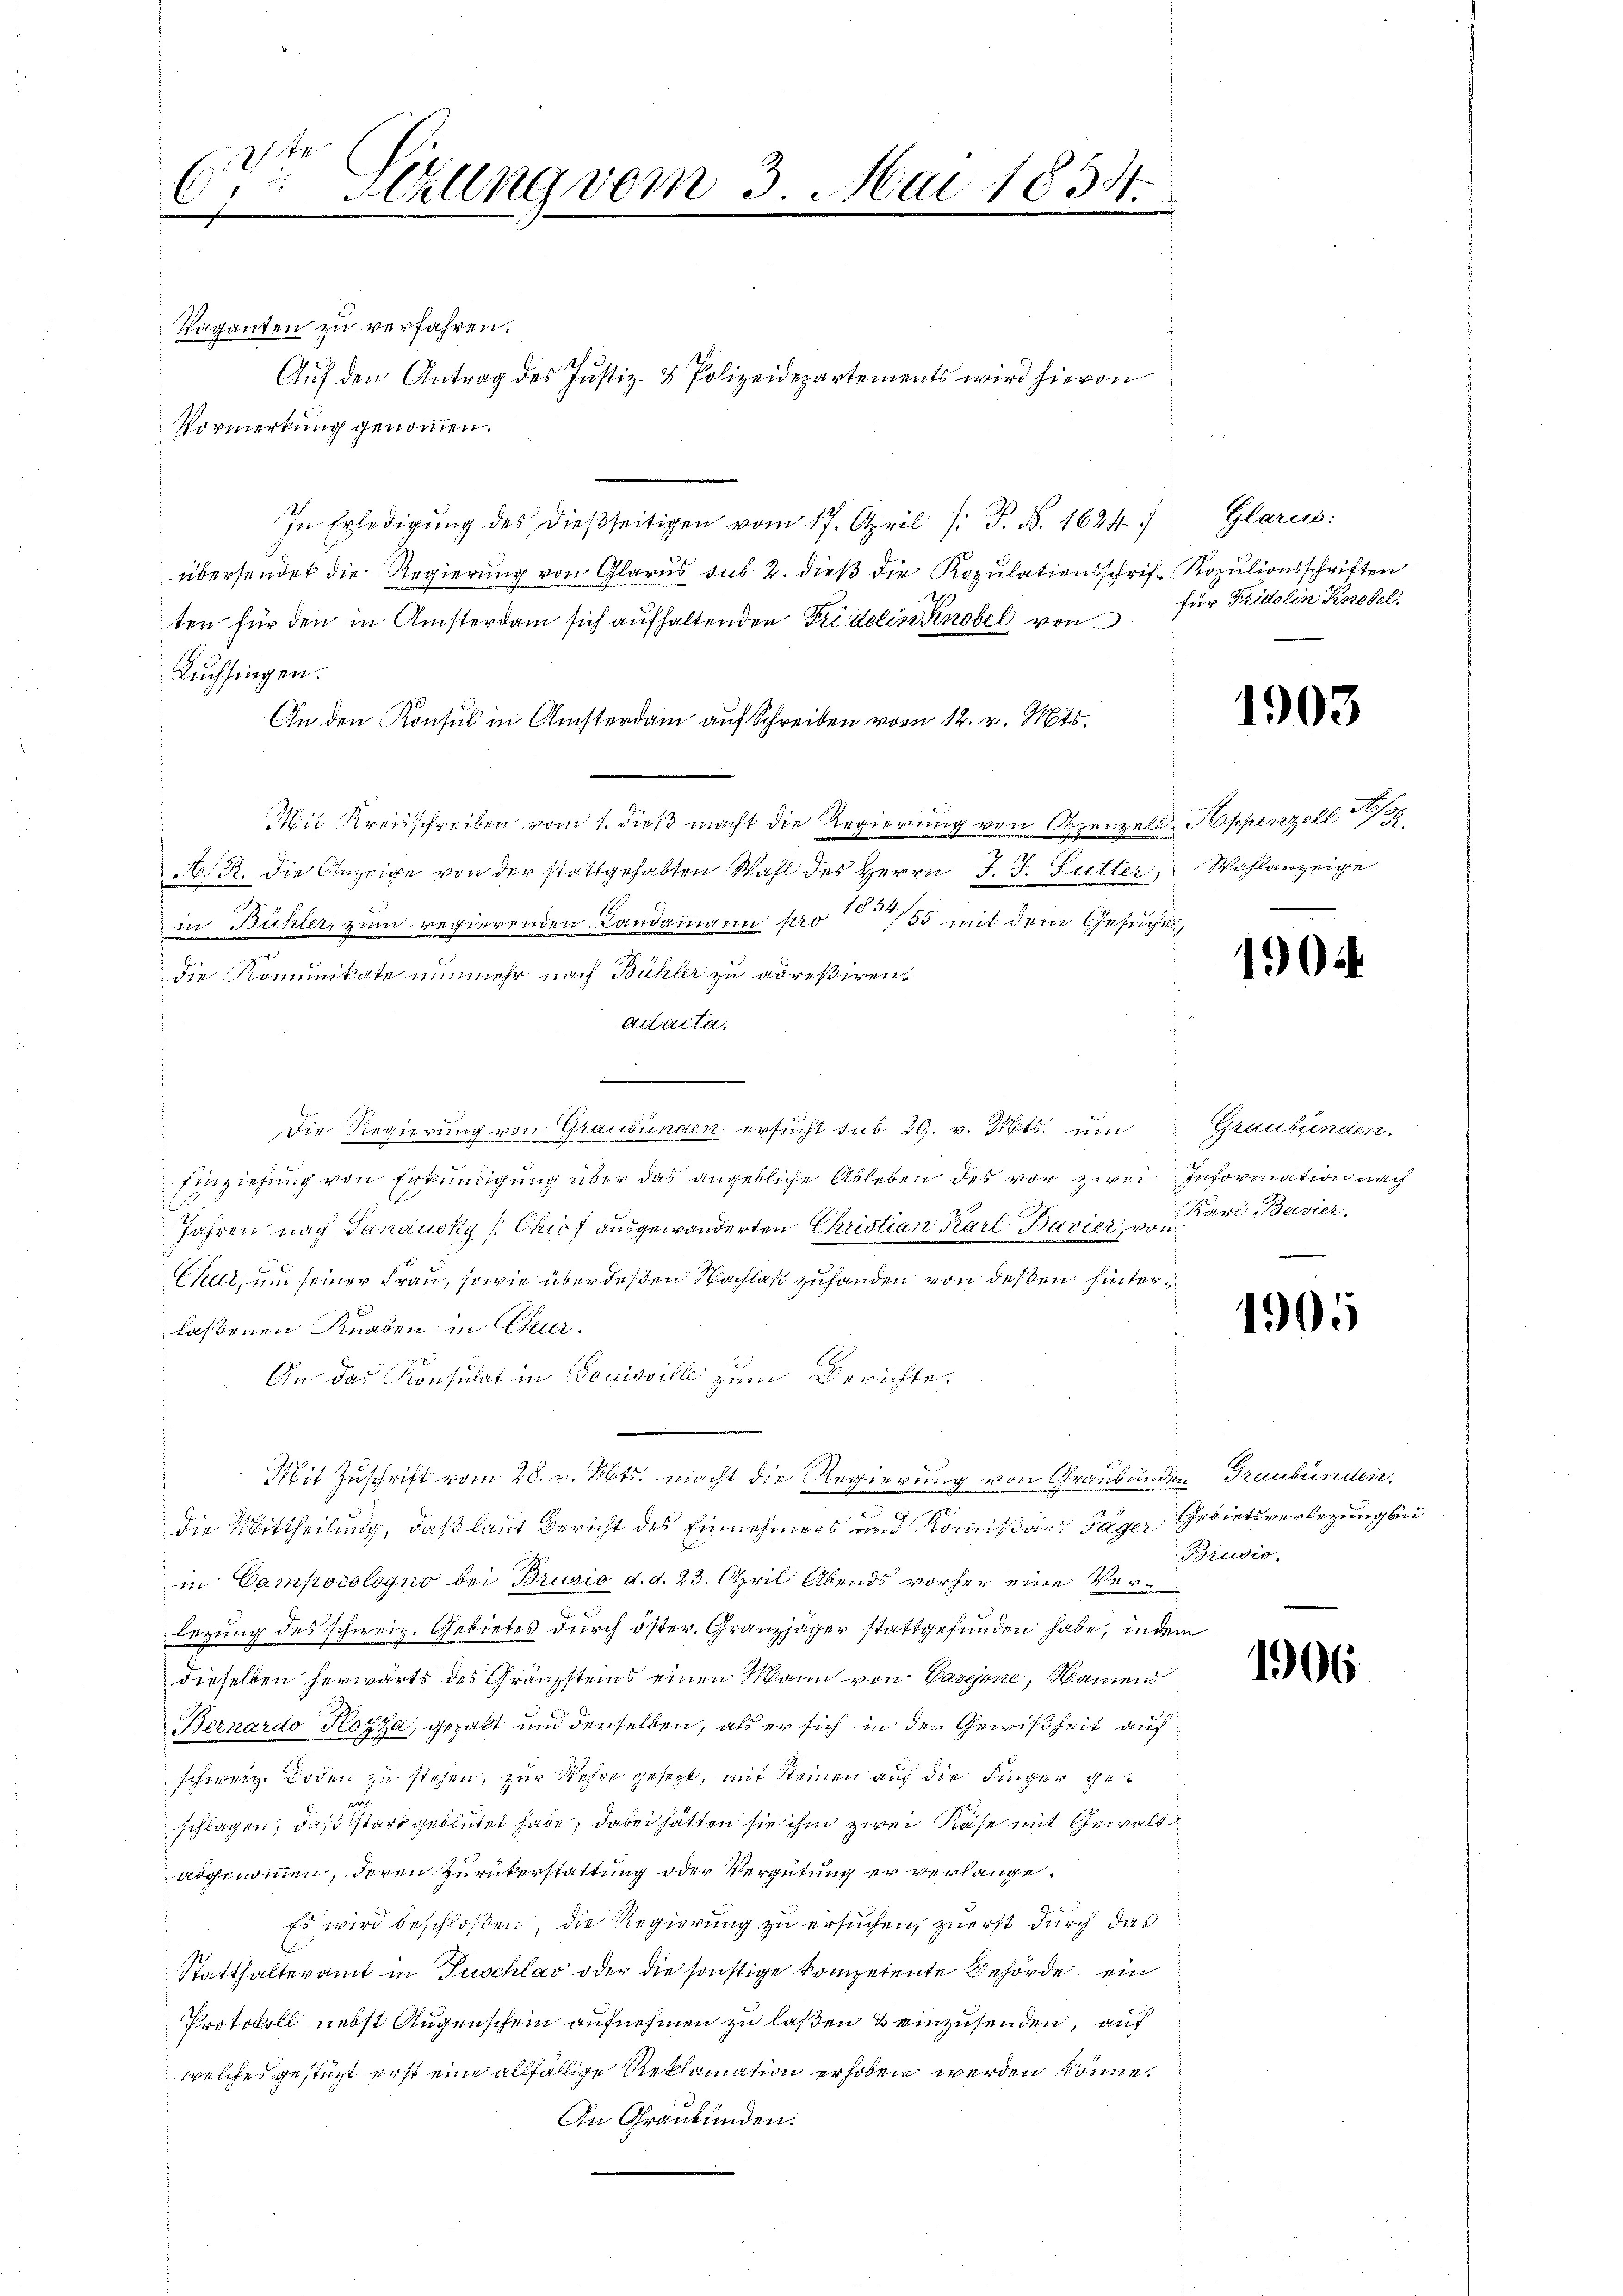
6 Szung vom 3. Mai 1834.
.
n
.

Vaganten zu verfahren.
Auf den Antrag des Justiz- & Polizeidepartements wird hievon
Vormerkung genommen.
In Erledigung des dießseitigen vom 17. April /: P. N. 1624
übersendet die Regierŭng von Glarus sub 2. dieβ die Kopŭlationsschrif- Kozŭlionsschriften
ten für den in Amsterdam sich aufhaltenden Fridoline Knobel von für Fridolin Knobel,
Kuchsingen.
An den Konsul in Ansterdam auf Schreiben vom 12. v. Mts.
Mit Kreisschreiben vom 1. dieß macht die Regierung von Oppenzell Appenzell
A. R. die Anzeige von der stattgehabten Wahl des Herrn J. J. Futter,
in Bühler, zum regierenden Landammann pro 155 mit dem Gesuches,
die Komunikate nunmehr nach Bühler zu adreßiren,
Adacta.
-
Die Regierung von Graubünden ersucht sub 20. v. Mts. um
Einziehung von Erkundigung über das angebliche Ableben des vor zwei Information nach
Jahren nach Landusky [Chio, ausgewanderten Christian Karl Bavier, von
Chur, und seiner Frau, sowie überdeßen Nachlaß zufanden von dessen hinterlaßenen Knaben in Chur.
On das Konsulat in Louisville zum Berichte,
Mit Zuschrift vom 28. v. Mts. macht die Regierung von Graubünden Graubünden,
die Mittheilung, daß laut Bericht des Einnehmers und Kommißärs Jäger Gebietsverlegung bei
in Camporologno bei Brusio d. d. 23. April Abends vorher eine Verlezung des schweiz. Gebietes durch öster. Granzjäger stattgefunden habe, in dem
dieselben herwärts des Gränzsteins einen Mann von Pastone, Namen
Bernardo Kozza, gezakt und denselben, als er sich in der Gewißheit auf
schweiz. Boden zu stehen, zur Wehre gesezt, mit Steinen auf die Finger ge¬
u
schlagen, daß stark geblütet habe, dabei hätten sie ihm zwei Rase mit Gewaltargenommen, deren Zurükerstattung oder Vergütung er verlange.
Es wird beschloßen, die Regierung zu ersuchen, zuerst durch das
Statthalteramt in Tuschlav oder die sonstige kompetente Behörde, ein
Protokoll nebst Augenschein aufnehmen zu laßen & einzusenden, auf
welches gestüzt erst eine allfällige Reklamation erhoben werden könne.
An Graubünden.

Glarus:

1903

Schaflanzeige

1904

Graubünden.
s
Karl Bavier.

1905

Brudio,

1906